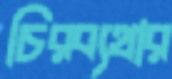
চিরব্যথার